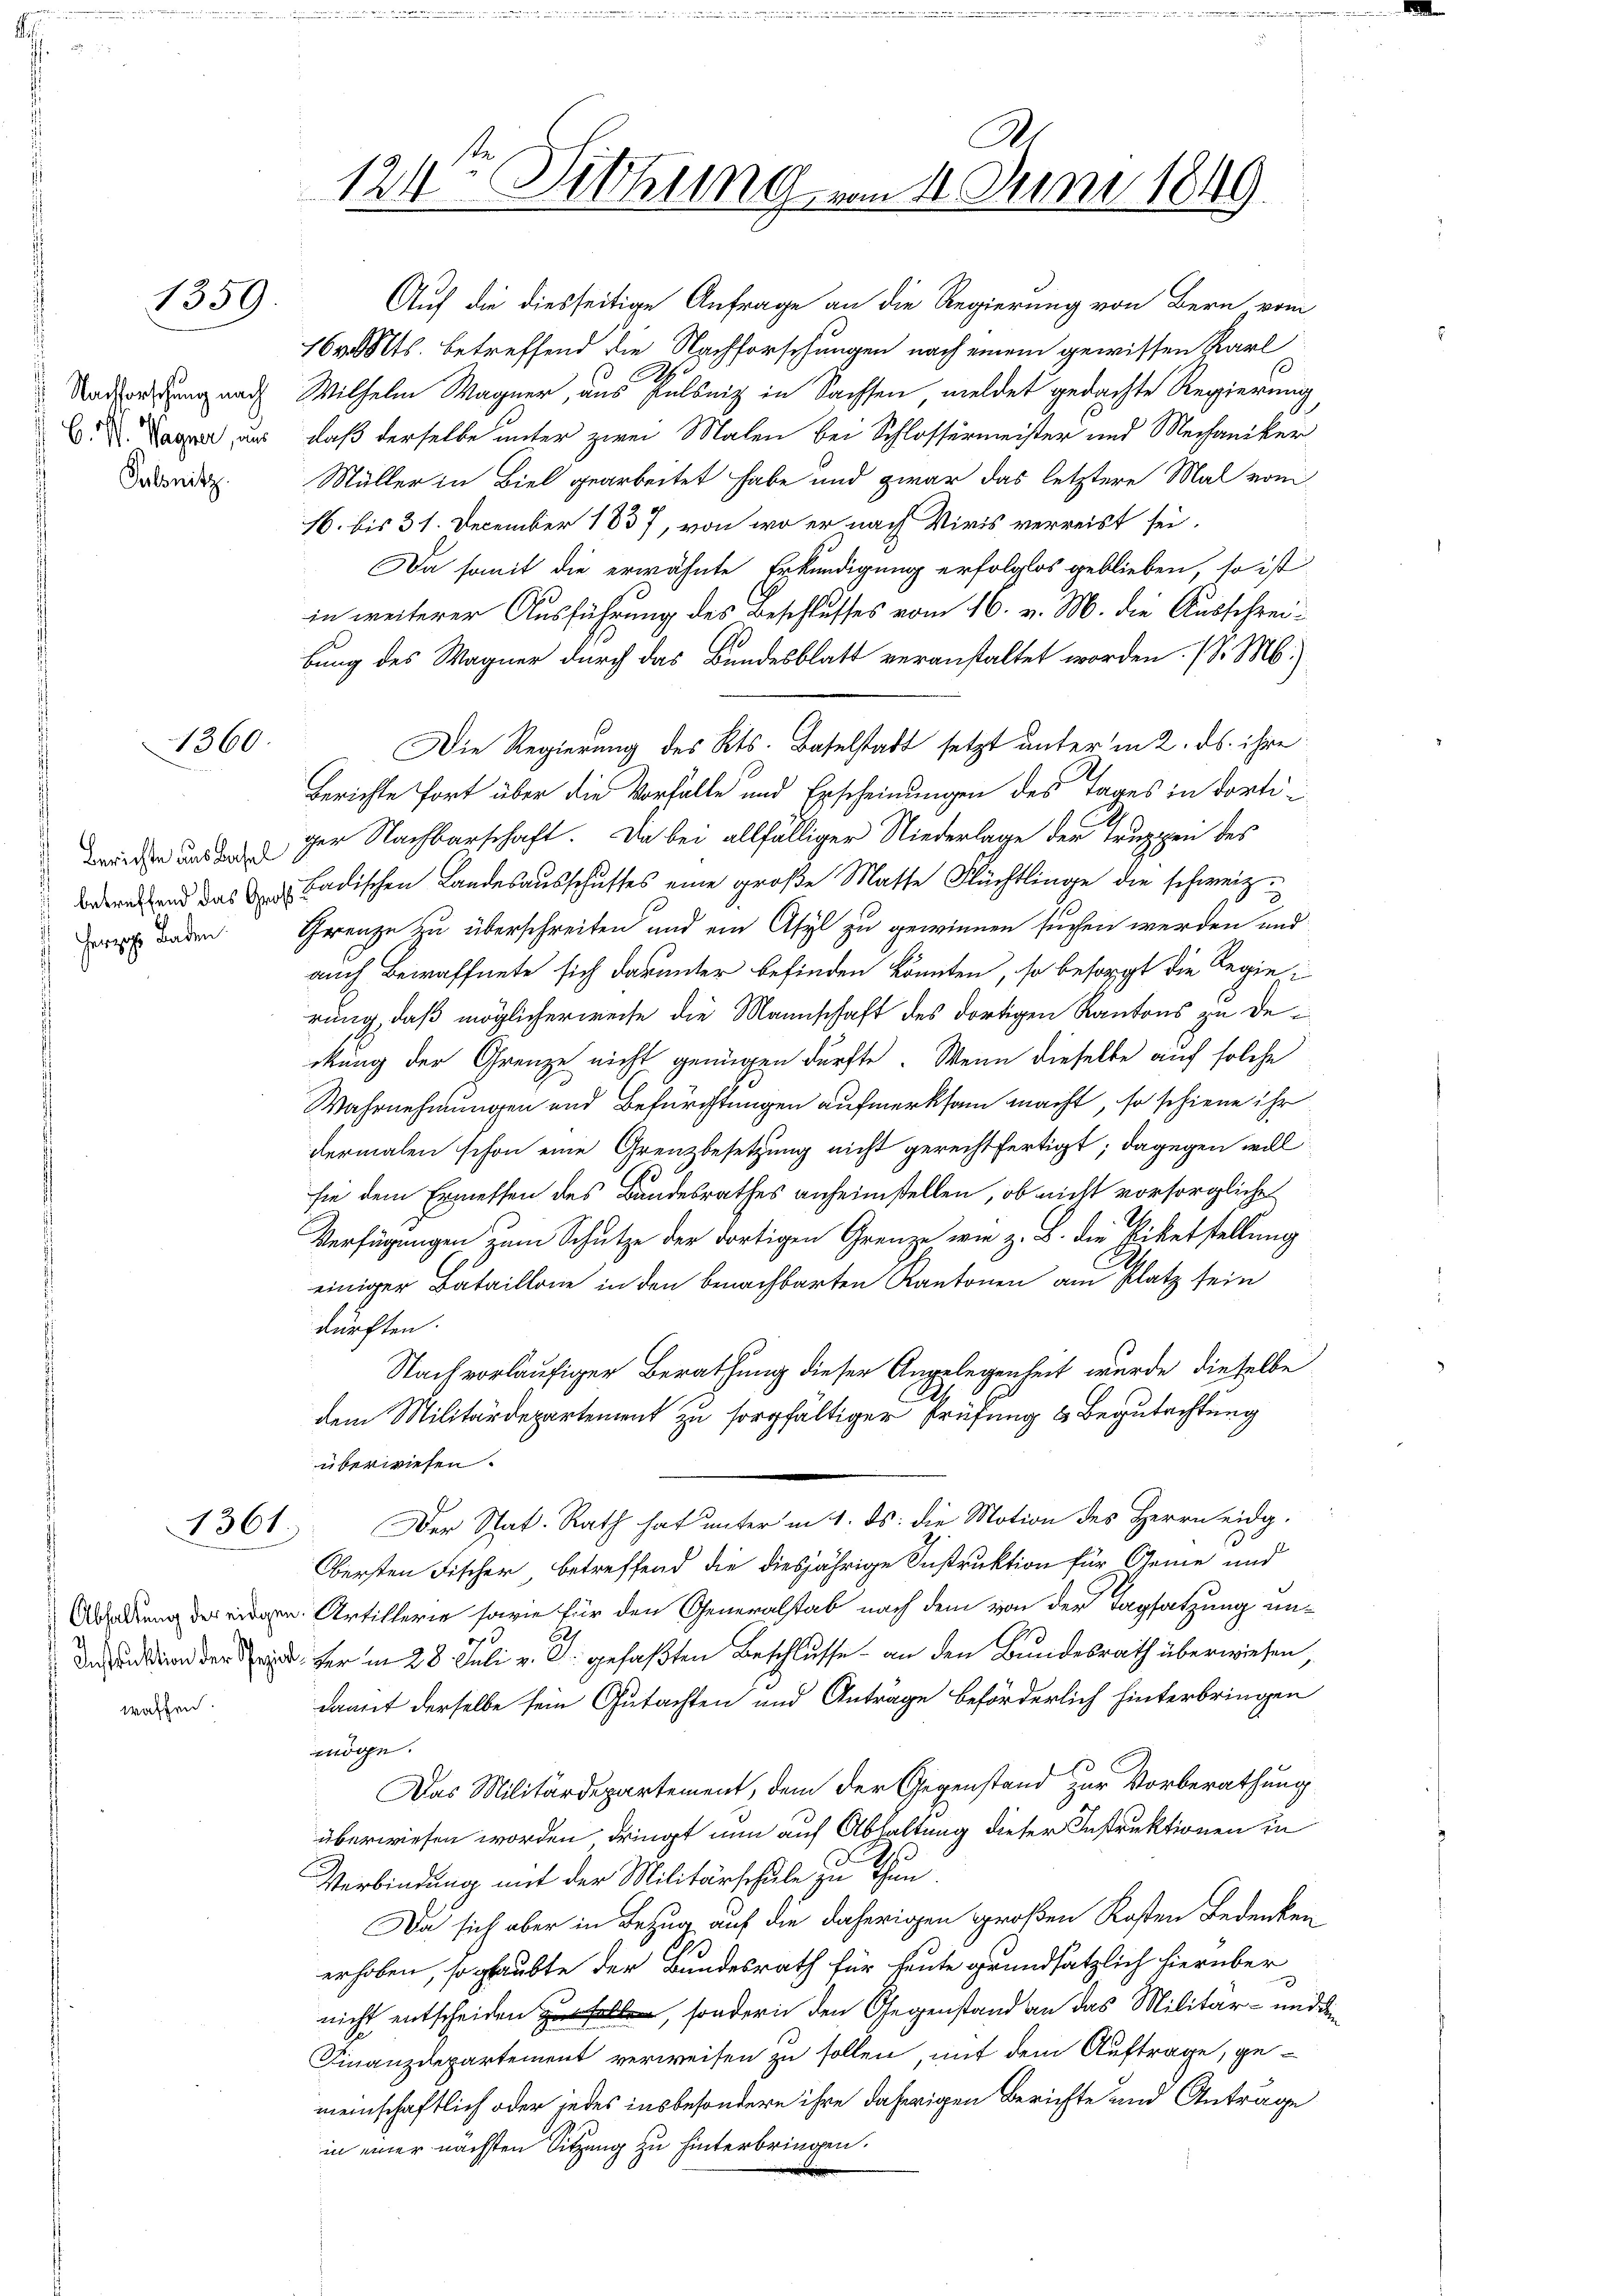
1359.

1360

Herzog Laden.

waffen.

A.
124 Dethung vom 4. Juni 1849.

Auf die diesseitige Anfrage an die Regierung von Bern vom
16 v. Mts. betreffend die Nachforschungen nach einem gewissen Karl
Underung nach Wilhelm Wagner, aus Pulsniz in Sachsen meldet gedachte Regierung
C. Da aus, daß derselbe unter zwei Malen bei Schlossermeister und Mechaniker
adridg. Müller in Biel gearbeitet habe und zwar das letztere Mal vom
16. bis 31. December 1837, von wo er nach Viris verreist sei.
Da somit die erwähnte Erkundigung erfolglos geblieben, so ist
in weiterer Ausführung des Beschlusses vom 16. v. M. die Ausschreibung des Wagner durch das Bundesblatt veranstaltet worden. (S. M.)
Die Regierung des Kts. Baselstadt setzt unter in 2. ds. ihre
Berichte fort über die Vorfalle und Erscheinungen des Tages in dorti¬
Briden und der Nachbarschaft. Da bei allfälliger Niederlage der Truppen des
rend das u. v. Badischen Landesausschusses eine große Matte Flüchtlinge die schweiz
Grenze zu überschreiten und ein Asyl zu gewinnen suchen werden und
auch Bewaffnete sich darunter befinden könnten, so besorgt die Regierung, daß möglicherweise die Mannschaft des dortigen Kantons zu deckung der Grenze nicht genügen dürfte. Wenn dieselbe auf solche
Wahrnehmungen und Befürchtungen aufmerksam macht, so schiene ihr
dermalen schon eine Grenzbesetzung nicht gerechtfertigt; dagegen will
sie dem Ermessen des Bandesrathes anheimstellen, ob nicht vorsorgliche
Verfügungen zum Schutze der dortigen Grenze wie z. B. die Biketstellung
einiger Bataillone in den benachbarten Kantonen am Platz sein
dürften.
Nach vorläufiger Berathung dieser Angelegenheit wurde dieselbe
dem Militärdepartement zu sorgfältiger Prüfung & Begutachtung
überwiesen.
1361. Der Stat. Rath hat unter in 1. ds. die Motion des Herrn eidg.
Obersten Fischer betreffend die diesjährige Instruktion für Geme und
Artillerie sowie für den Generalstab nach dem von der Tagsatzung unn der ferm 28. Juli v. J. gefaßten Beschlusse an den Bundesrath überwiesen,
damit derselbe sein Gutachten und Anträge beförderlich hinterbringen
möge.
Das Militärdepartement, dem der Gegenstand zur Vorberathung
überwiesen worden dringt nun auf Abhaltung dieser Instruktionen in
Verbindung mit der Militärschule zu Thun
Da sich aber in Bezug auf die daherigen großen Kosten Bedenken
erhoben, so glaubte der Bundesrath für heute grundsätzlich hierüber
nicht entscheiden zu, sondern den Gegenstand an das Militär- und den
Finanzdepartement verweisen zu sollen, mit dem Auftrage, gemeinschaftlich oder jedes insbesondere ihre daherigen Berichte und Anträge
in einer nächsten Sitzung zu hinterbringen.